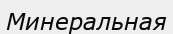
Минеральная